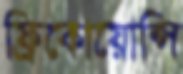
ফ্রিকোয়োন্সি